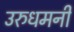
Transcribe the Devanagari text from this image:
उरुधमनी